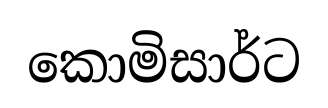
කොමිසාර්ට